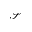
\mathcal { S }